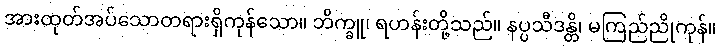
အားထုတ်အပ်သောတရားရှိကုန်သော။ ဘိက္ခူ၊ ရဟန်းတို့သည်။ နပ္ပသီဒန္တိ၊ မကြည်ညိုကုန်။